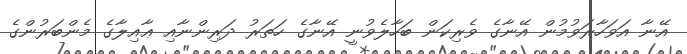
އޭނާ އަވަހާރަވުމުން އޭނާގެ ވެރިކަން ބަހާލެވުނީ އޭނާގެ ހަތަރު ދަރިންނާއި ޢާއިލާގެ މެންބަރުންގެ